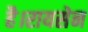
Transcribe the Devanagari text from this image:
है।रायसेन